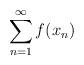
LaTeX: \begin{align*} \sum_{n=1}^{\infty}f(x_{n}) \end{align*}